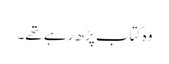
وہ کتاب پڑھ رہے تھے۔